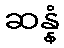
ဆန္နံ